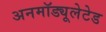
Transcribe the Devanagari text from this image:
अनमॉड्यूलेटेड